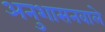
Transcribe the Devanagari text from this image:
अनुशासनवाले